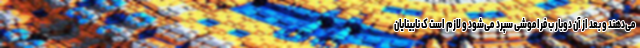
می‌دهند و بعد از آن دوبار ب فراموشی سپرد می‌شود و لازم است ک نابینایان